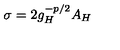
\sigma = 2 g _ { H } ^ { - p / 2 } A _ { H }